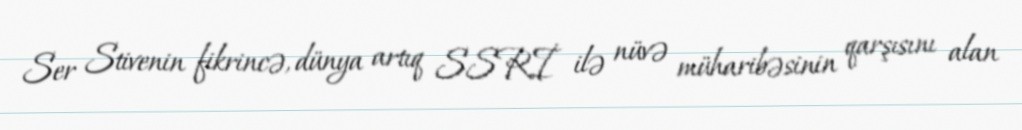
Ser Stivenin fikrincə, dünya artıq SSRİ ilə nüvə müharibəsinin qarşısını alan